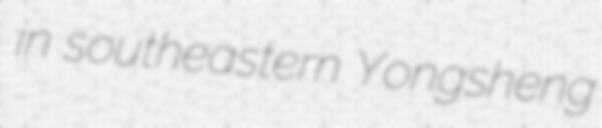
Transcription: in southeastern Yongsheng